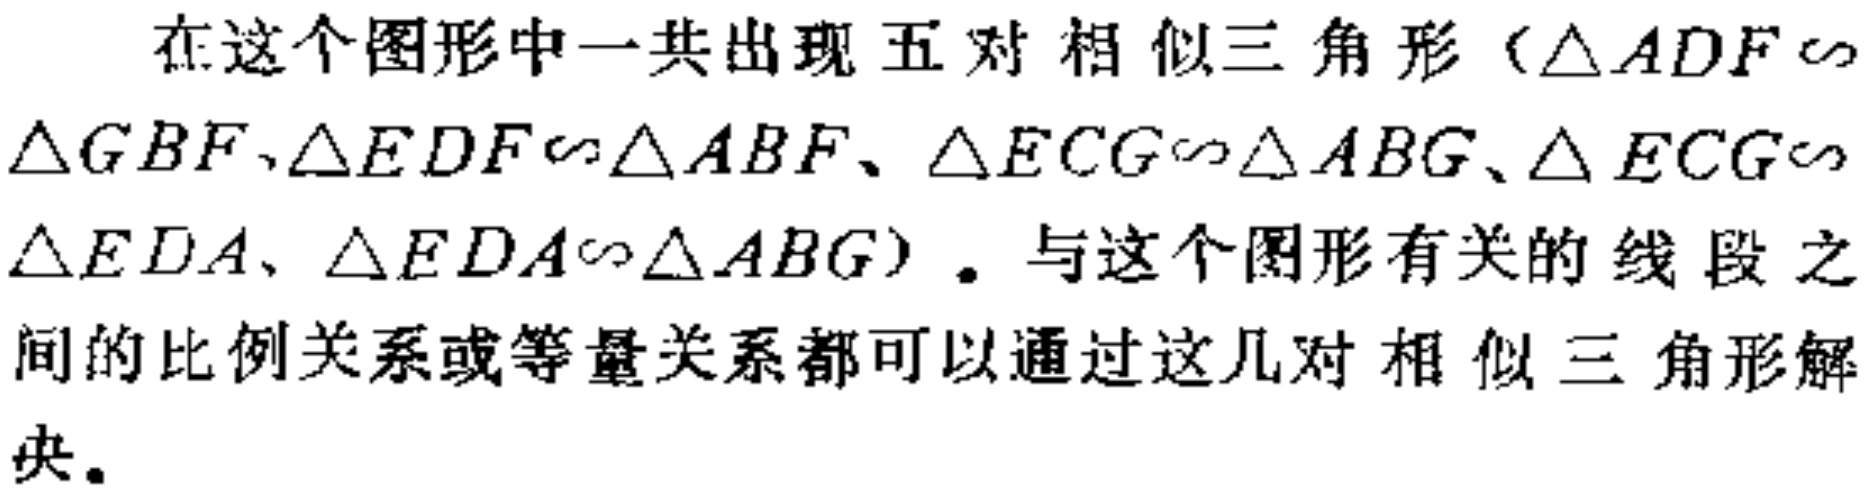
在这个图形中一共出现五对相似三角形（$\triangle ADF \sim \triangle GBF$、$\triangle EDF \sim \triangle ABF$、$\triangle ECG \sim \triangle ABG$、$\triangle ECG \sim \triangle EDA$、$\triangle EDA \sim \triangle ABG$）。与这个图形有关的线段之间的比例关系或等量关系都可以通过这几对相似三角形解决。